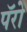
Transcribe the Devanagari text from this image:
पॅरो